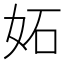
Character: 妬